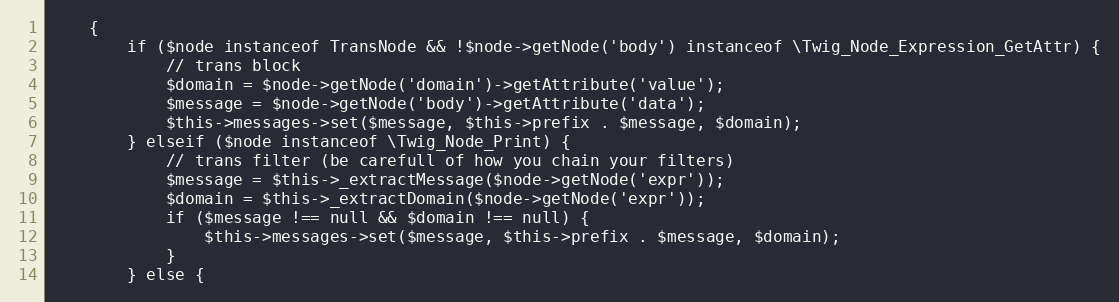
Language: PHP
	{
		if ($node instanceof TransNode && !$node->getNode('body') instanceof \Twig_Node_Expression_GetAttr) {
			// trans block
			$domain = $node->getNode('domain')->getAttribute('value');
			$message = $node->getNode('body')->getAttribute('data');
			$this->messages->set($message, $this->prefix . $message, $domain);
		} elseif ($node instanceof \Twig_Node_Print) {
			// trans filter (be carefull of how you chain your filters)
			$message = $this->_extractMessage($node->getNode('expr'));
			$domain = $this->_extractDomain($node->getNode('expr'));
			if ($message !== null && $domain !== null) {
				$this->messages->set($message, $this->prefix . $message, $domain);
			}
		} else {